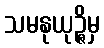
သမနုယုဉ္ဇိမှ